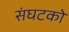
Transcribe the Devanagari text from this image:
संघटको